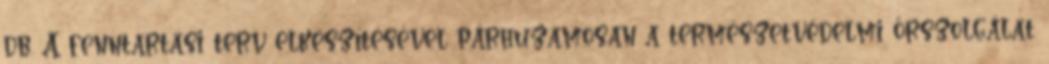
db. A fenntartási terv elkészítésével párhuzamosan a természetvédelmi őrszolgálat